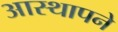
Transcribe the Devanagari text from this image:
आस्थापने